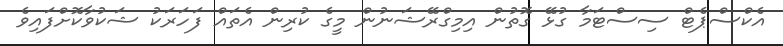
އެކްސްޕެޓް ސިސްޓަމާ ގުޅޭ ގޮތުން އިމިގްރޭޝަނުން މީގެ ކުރިން އެތައް ފަހަރަކު ޝަކުވާކޮށްފައިވެ